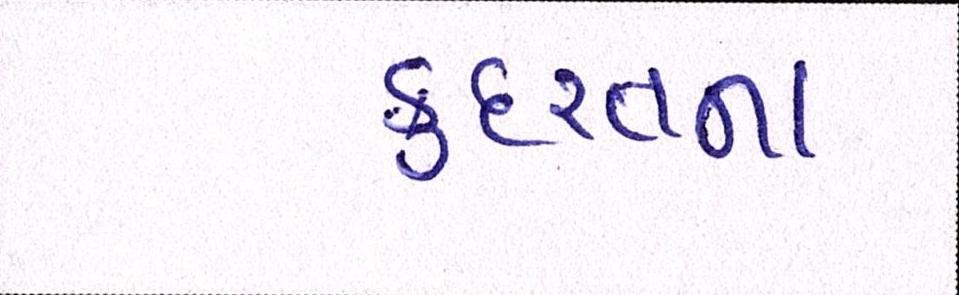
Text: કુદરતના